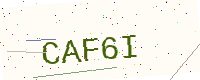
Text: CAF6I